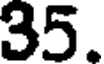
35.